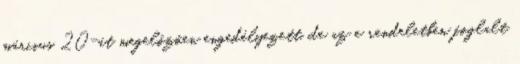
március 20-át megelőzően engedélyezett, de az e rendeletben foglalt